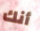
أنك